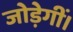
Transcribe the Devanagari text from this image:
जोड़ेगीं।